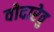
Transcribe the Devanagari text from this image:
वोदारेवु